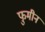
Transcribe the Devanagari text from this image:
फुमीन